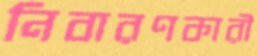
নিবারণকারী